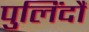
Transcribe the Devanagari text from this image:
पुलिंदौं